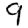
Digit: 9